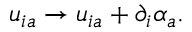
u _ { i a } \rightarrow u _ { i a } + \partial _ { i } \alpha _ { a } .